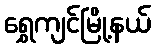
ရွှေကျင်မြို့နယ်